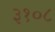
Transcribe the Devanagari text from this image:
३१०८